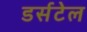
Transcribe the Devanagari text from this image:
डर्सटेल